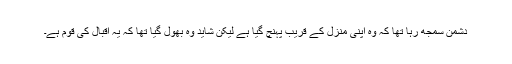
دشمن سمجھ رہا تھا کہ وہ اپنی منزل کے قریب پہنچ گیا ہے لیکن شاید وہ بھول گیا تھا کہ یہ اقبال کی قوم ہے۔